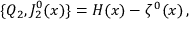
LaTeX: \{ Q _ { 2 } , J _ { 2 } ^ { 0 } ( x ) \} = { \cal H } ( x ) - \zeta ^ { \, 0 } ( x ) \, ,